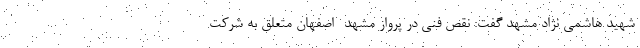
شهید هاشمی نژاد مشهد گفت: نقص فنی در پرواز مشهد- اصفهان متعلق به شرکت